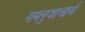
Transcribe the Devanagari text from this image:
रामनुजाचार्य